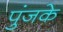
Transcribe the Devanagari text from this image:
पुंजके